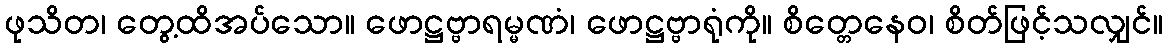
ဖုသိတ၊ တွေ့ထိအပ်သော။ ဖောဋ္ဌဗ္ဗာရမ္မဏံ၊ ဖောဋ္ဌဗ္ဗာရုံကို။ စိတ္တေနေဝ၊ စိတ်ဖြင့်သလျှင်။